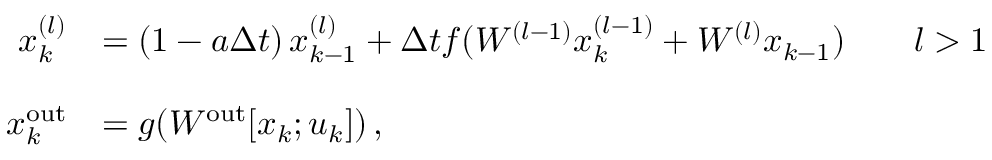
\begin{array} { r l } { x _ { k } ^ { ( l ) } } & { = \left( 1 - a \Delta t \right) x _ { k - 1 } ^ { ( l ) } + \Delta t f ( W ^ { ( l - 1 ) } x _ { k } ^ { ( l - 1 ) } + W ^ { ( l ) } x _ { k - 1 } ) \qquad l > 1 } \\ & { } \\ { x _ { k } ^ { \mathrm { o u t } } } & { = g ( W ^ { \mathrm { o u t } } [ x _ { k } ; u _ { k } ] ) \, , } \end{array}